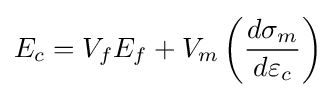
E_{c}=V_{f}E_{f}+V_{m}\left({\frac {d\sigma _{m}}{d\varepsilon _{c}}}\right)